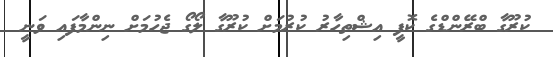
ކުރޫގާ ބްރޭންޑްގެ ކޮފީ އިޝްތިހާރު ކުރުމަށް ކުރޫގާ ލޯގޯ ޖެހުމަށް ނިންމާފައި ވަނީ